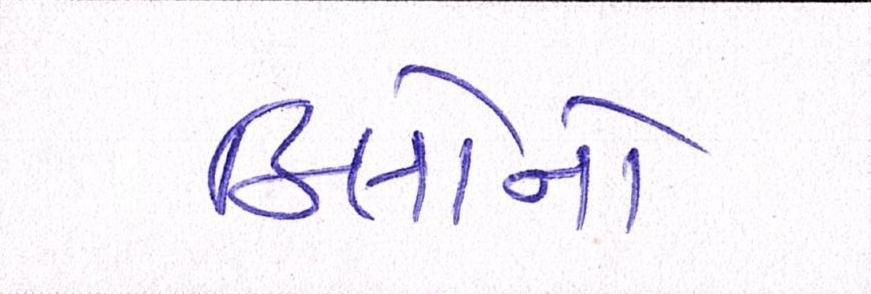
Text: કિલોનો